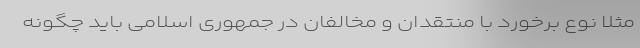
مثلاً نوع برخورد با منتقدان و مخالفان در جمهوری اسلامی باید چگونه